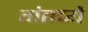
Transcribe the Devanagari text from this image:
गंतव्ये